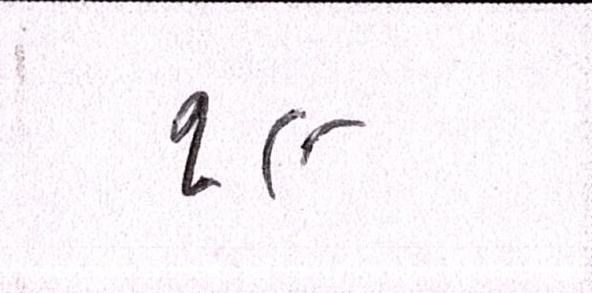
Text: ૧૯